Indian journal of veterinary science and animal husbandry - Volumes 22-23, 1952-1953
Year: 1952
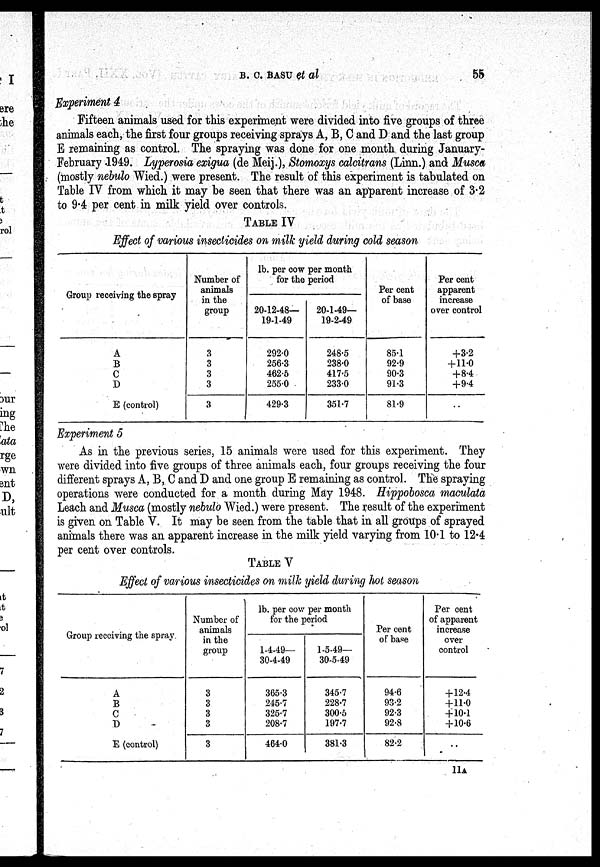
B. C. BASU et
al
55
Experiment 4
Fifteen animals used for this experiment were divided into five groups of three
animals each, the first four groups receiving sprays A, B, C and D and the last group
E remaining as control. The spraying was done for one month during January-
February 1949. Lyperosia exigua (de Meij.), Stomoxys calcitrans (Linn.) and Musca
(mostly nebulo Wied.) were present. The result of this experiment is tabulated on
Table IV from which it may be seen that there was an apparent increase of 3.2
to 9.4 per cent in milk yield over controls.
TABLE IV
Effect of various insecticides on milk yield during cold season
Group receiving the spray
A
B
C
D
E (control)
Number of
animals
in the
group
3
3
3
3
3
lb. per cow per month
for the period
20-12-48—
19-1-49
292.0
256.3
462.5
255.0
429.3
20-1-49—
19-2-49
248.5
238.0
417.5
233.0
351.7
Per cent
of base
85.1
92.9
90.3
91.3
81.9
Per cent
apparent
increase
over control
+3.2
+ 11.0
+8.4
+9.4
..
Experiment 5
As in the previous series, 15 animals were used for this experiment. They
were divided into five groups of three animals each, four groups receiving the four
different sprays A, B, C and D and one group E remaining as control. The spraying
operations were conducted for a month during May 1948. Hippobosca maculata
Leach and Musca (mostly nebulo Wied.) were present. The result of the experiment
is given on Table V. It may be seen from the table that in all groups of sprayed
animals there was an apparent increase in the milk yield varying from 10.1 to 12.4
per cent over controls.
TABLE V
Effect of various insecticides on milk yield during hot season
Group receiving the spray
A
B
C
D
E (control)
Number of
animals
in the
group
3
3
3
3
3
lb. per cow per month
for the period
1-4-49—
30-4-49
365.3
245.7
325.7
208.7
464.0
1-5-49—
30-5-49
345.7
228.7
300.5
197.7
381.3
Per cent
of base
94.6
93.2
92.3
92.8
82.2
Per cent
of apparent
increase
over
control
+ 12.4
+11.0
+10.1
+10.6
..
11A